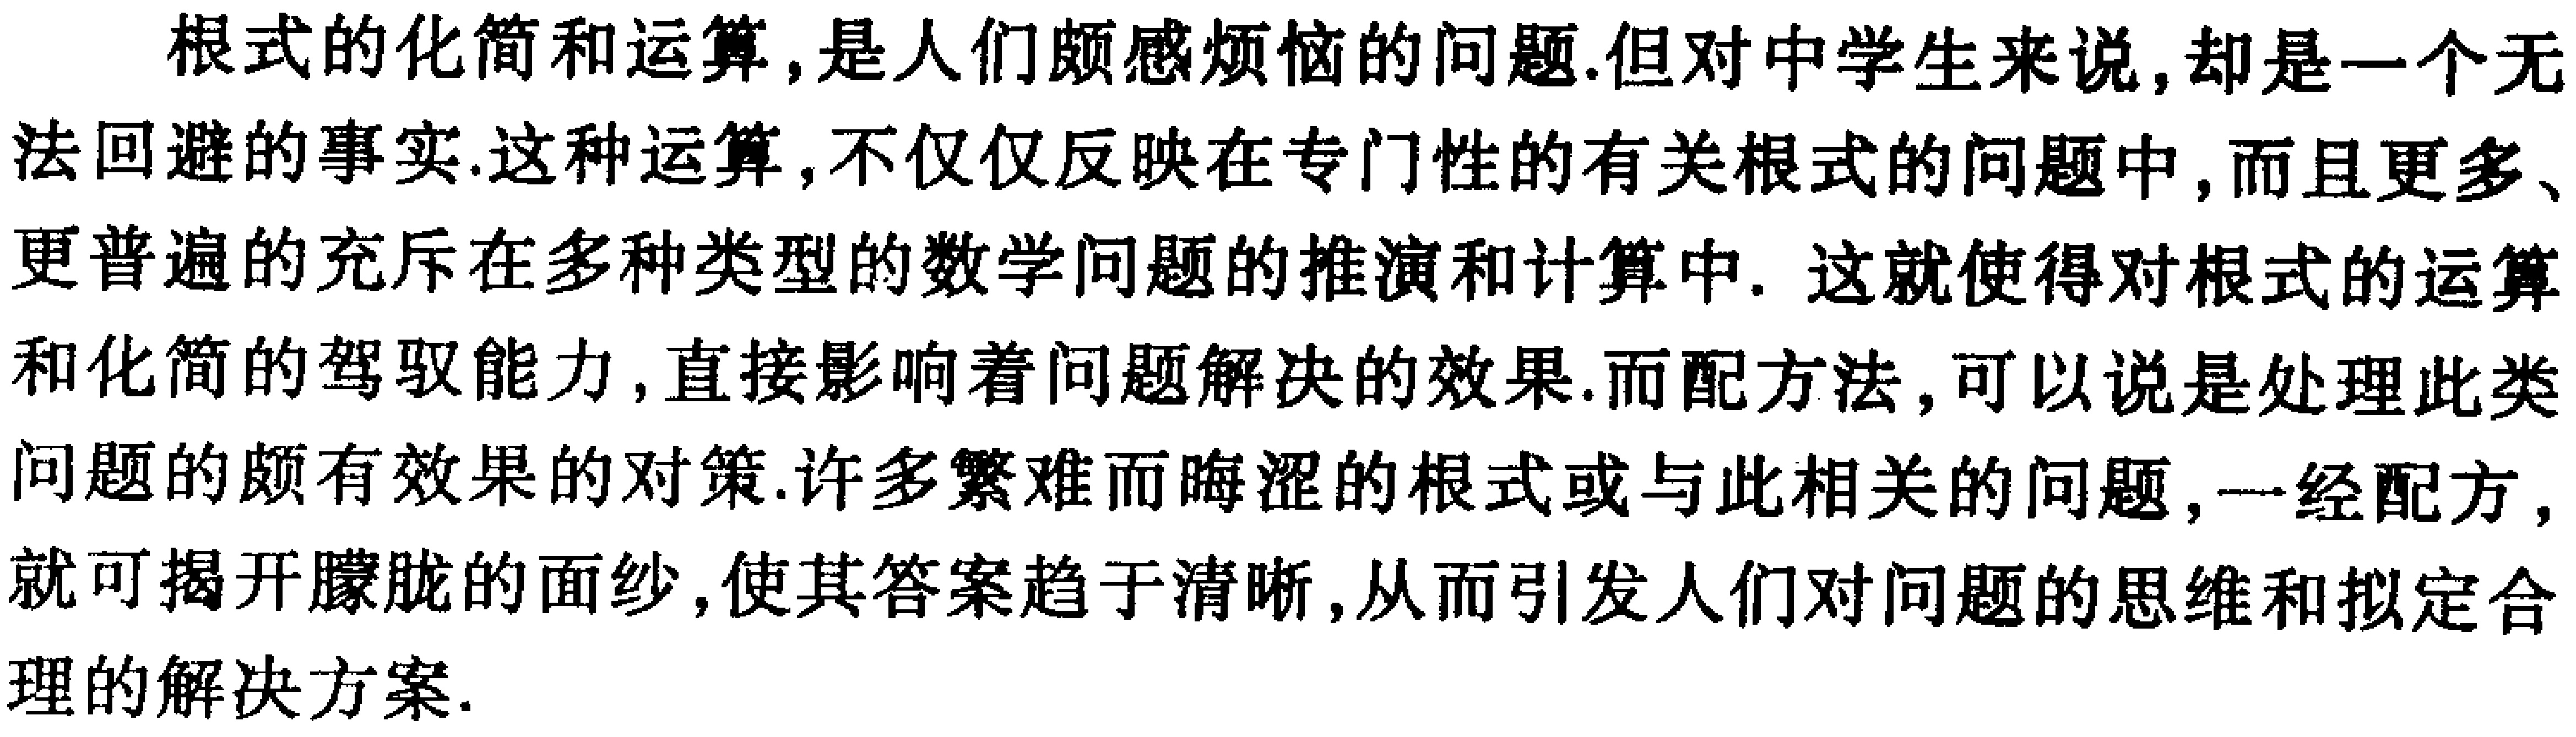
根式的化简和运算,是人们颇感烦恼的问题.但对中学生来说,却是一个无法回避的事实.这种运算,不仅仅反映在专门性的有关根式的问题中,而且更多、更普遍的充斥在多种类型的数学问题的推演和计算中. 这就使得对根式的运算和化简的驾驭能力,直接影响着问题解决的效果.而配方法,可以说是处理此类问题的颇有效果的对策.许多繁难而晦涩的根式或与此相关的问题,一经配方,就可揭开朦胧的面纱,使其答案趋于清晰,从而引发人们对问题的思维和拟定合理的解决方案.